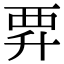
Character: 𧟨